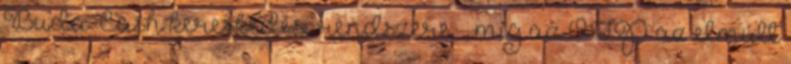
Buda-Cash kereskedési rendszere –, míg az OTP az elmúlt